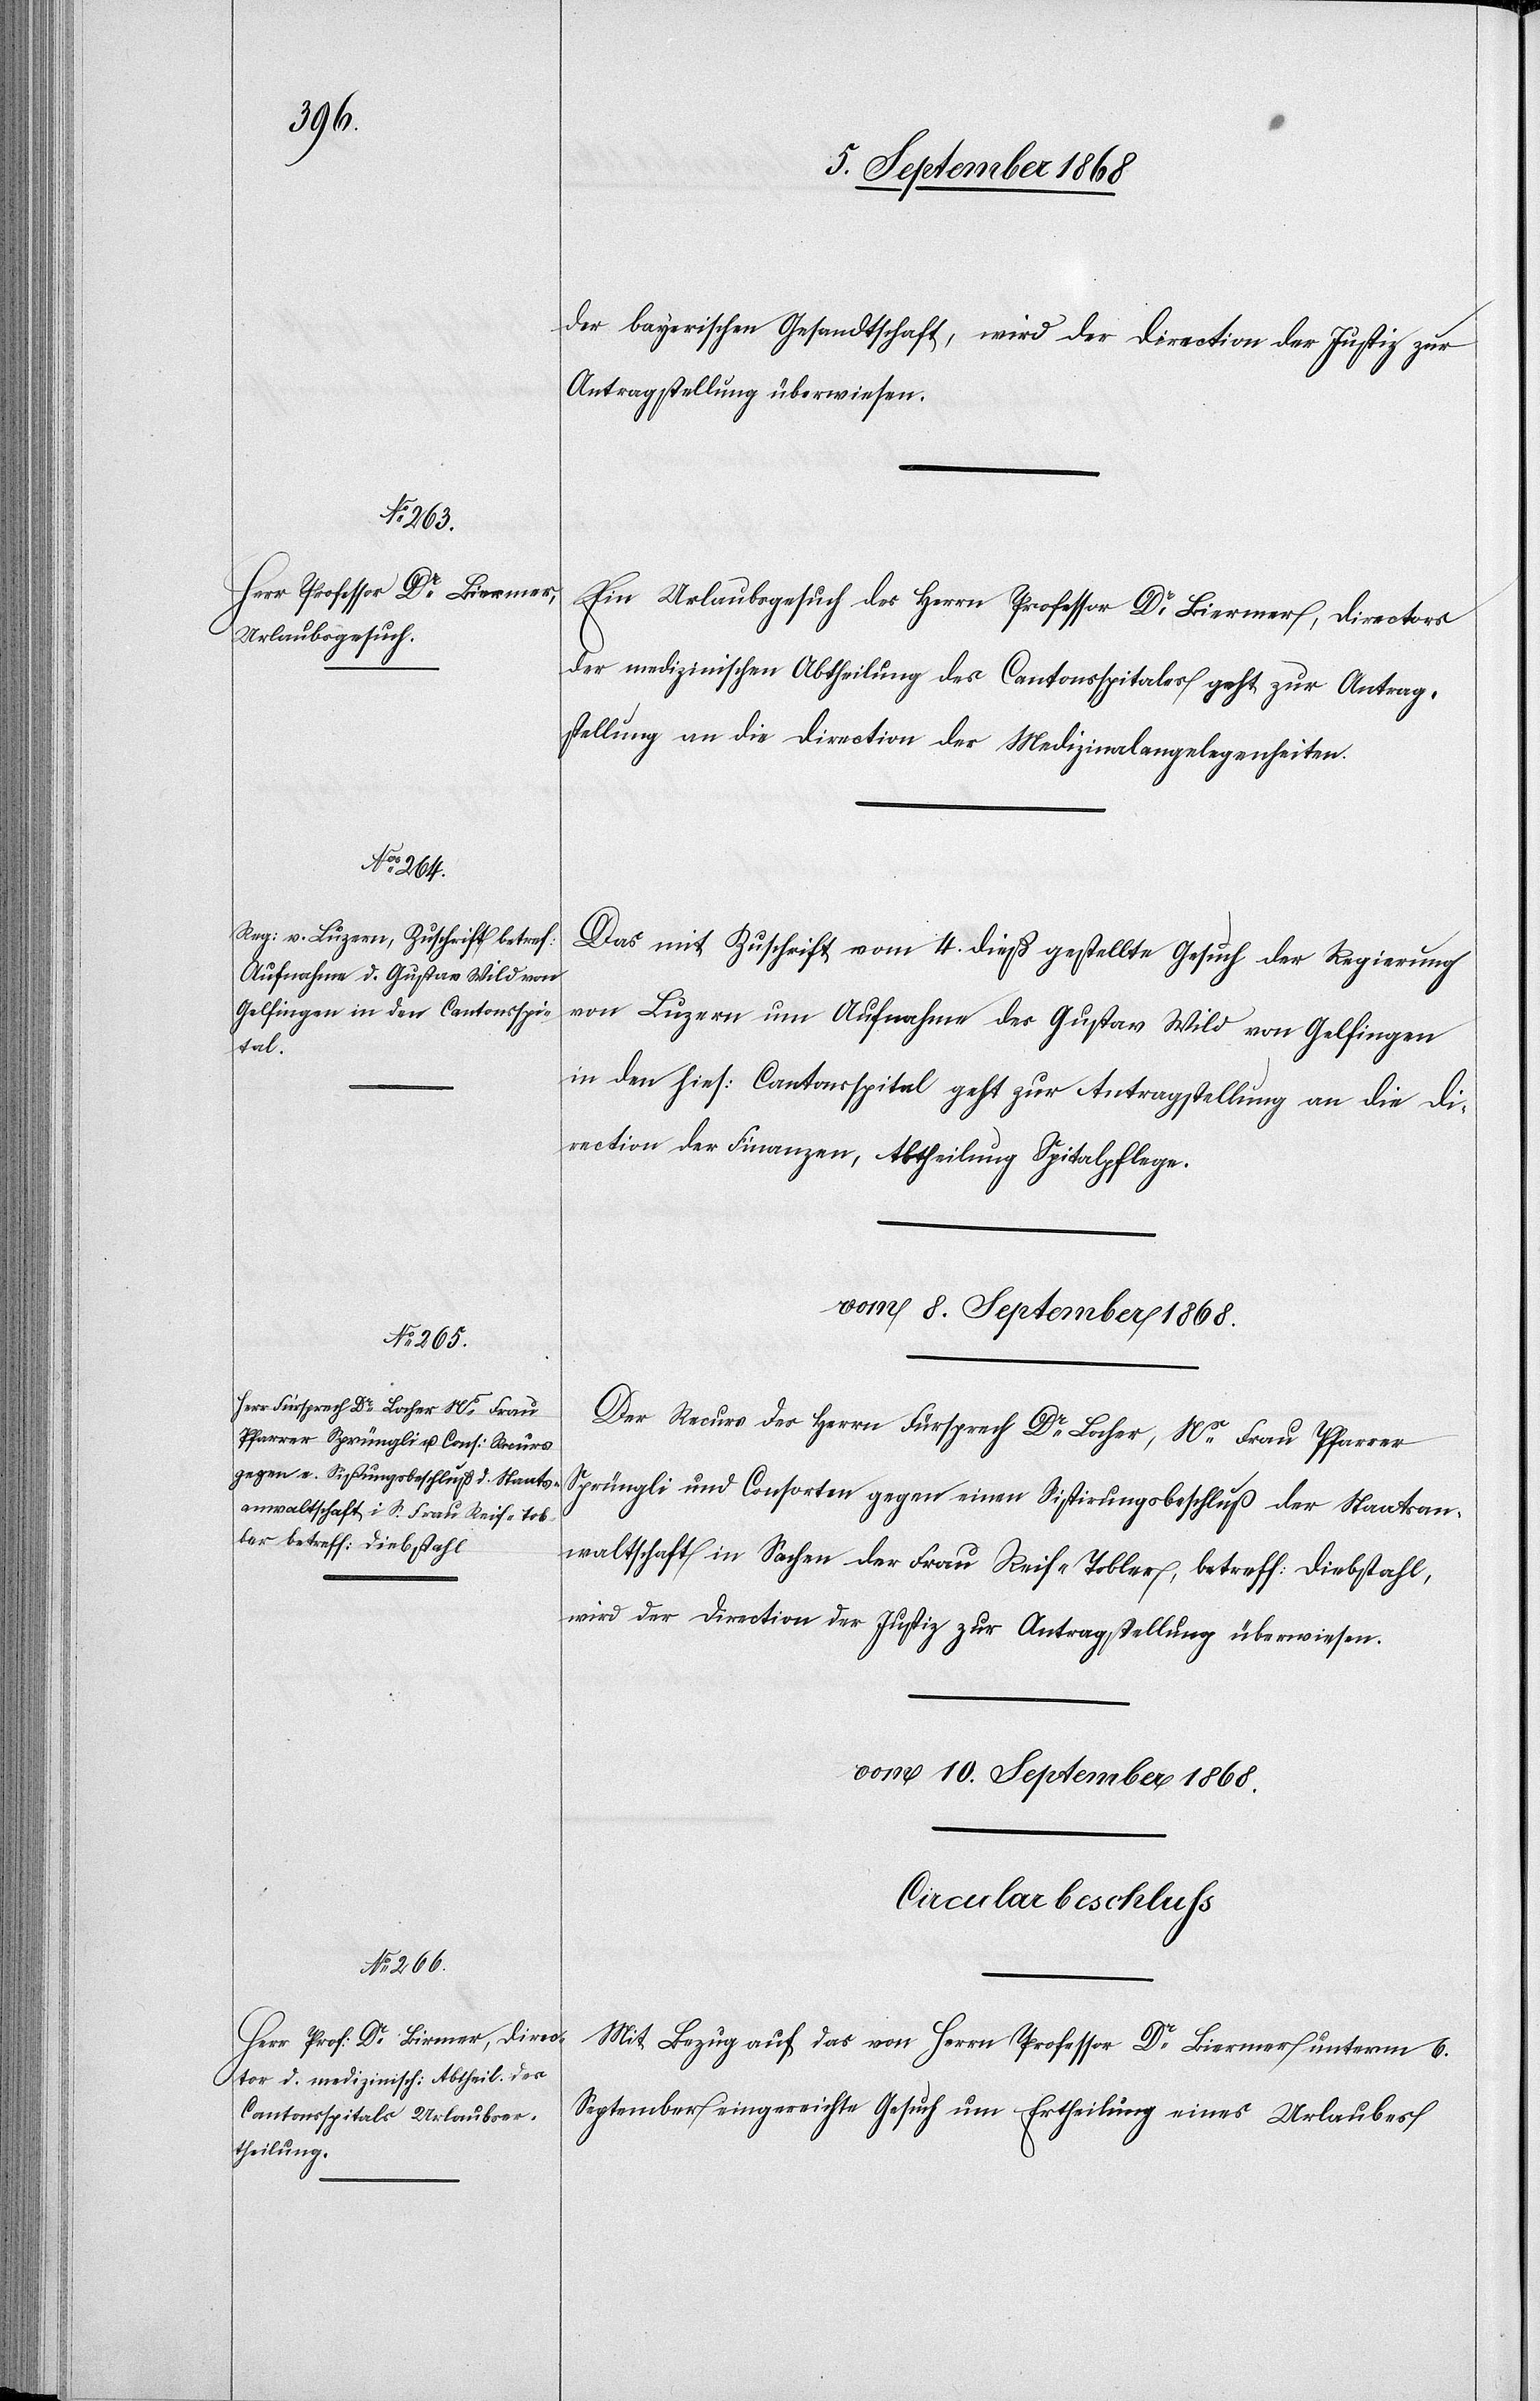
der bayerischen Gesandtschaft, wird der Direction der Justiz zur
Antragstellung überwiesen.
Ein Urlaubsgesuch des Herrn Professor Dr Biermer, Directors
der medizinischen Abtheilung des Cantonsspitales geht zur Antrag¬
stellung an die Direction der Medizinalangelegenheiten.
Das mit Zuschrift vom 4. dieß gestellte Gesuch der Regierung
von Luzern um Aufnahme des Gustav Wild von Gelfingen
in den hies: Cantonsspital geht zur Antragstellung an die Di¬
rection der Finanzen, Abtheilung Spitalpflege.
vom 8. September 1868.
Der Recurs des Herrn Fürsprech Dr Locher, Ns Frau Pfarrer
Sprüngli und Consorten gegen einen Sistirungsbeschluß der Staatsan¬
waltschaft in Sachen der Frau Reif-Tobler, betreff: Diebstahl,
wird der Direction der Justiz zur Antragstellung überwiesen.
vom 10. September 1868.
Circularbeschluss
Mit Bezug auf das von Herrn Professor Dr Biermer [sic!] unterm 6.
September eingereichte Gesuch um Ertheilung eines Urlaubes